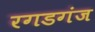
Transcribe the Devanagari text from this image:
रगडगंज